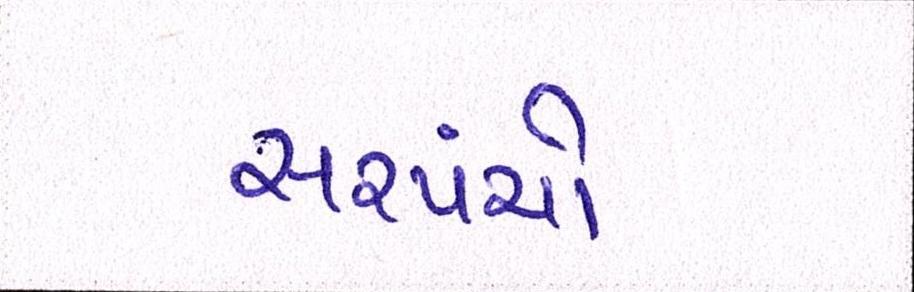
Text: સરપંચો